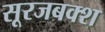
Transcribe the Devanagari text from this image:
सूरजबक्श